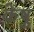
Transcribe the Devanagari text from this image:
केषु